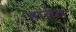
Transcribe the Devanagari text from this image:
बांसठ